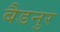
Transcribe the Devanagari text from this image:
बैडनुर